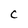
Character: C